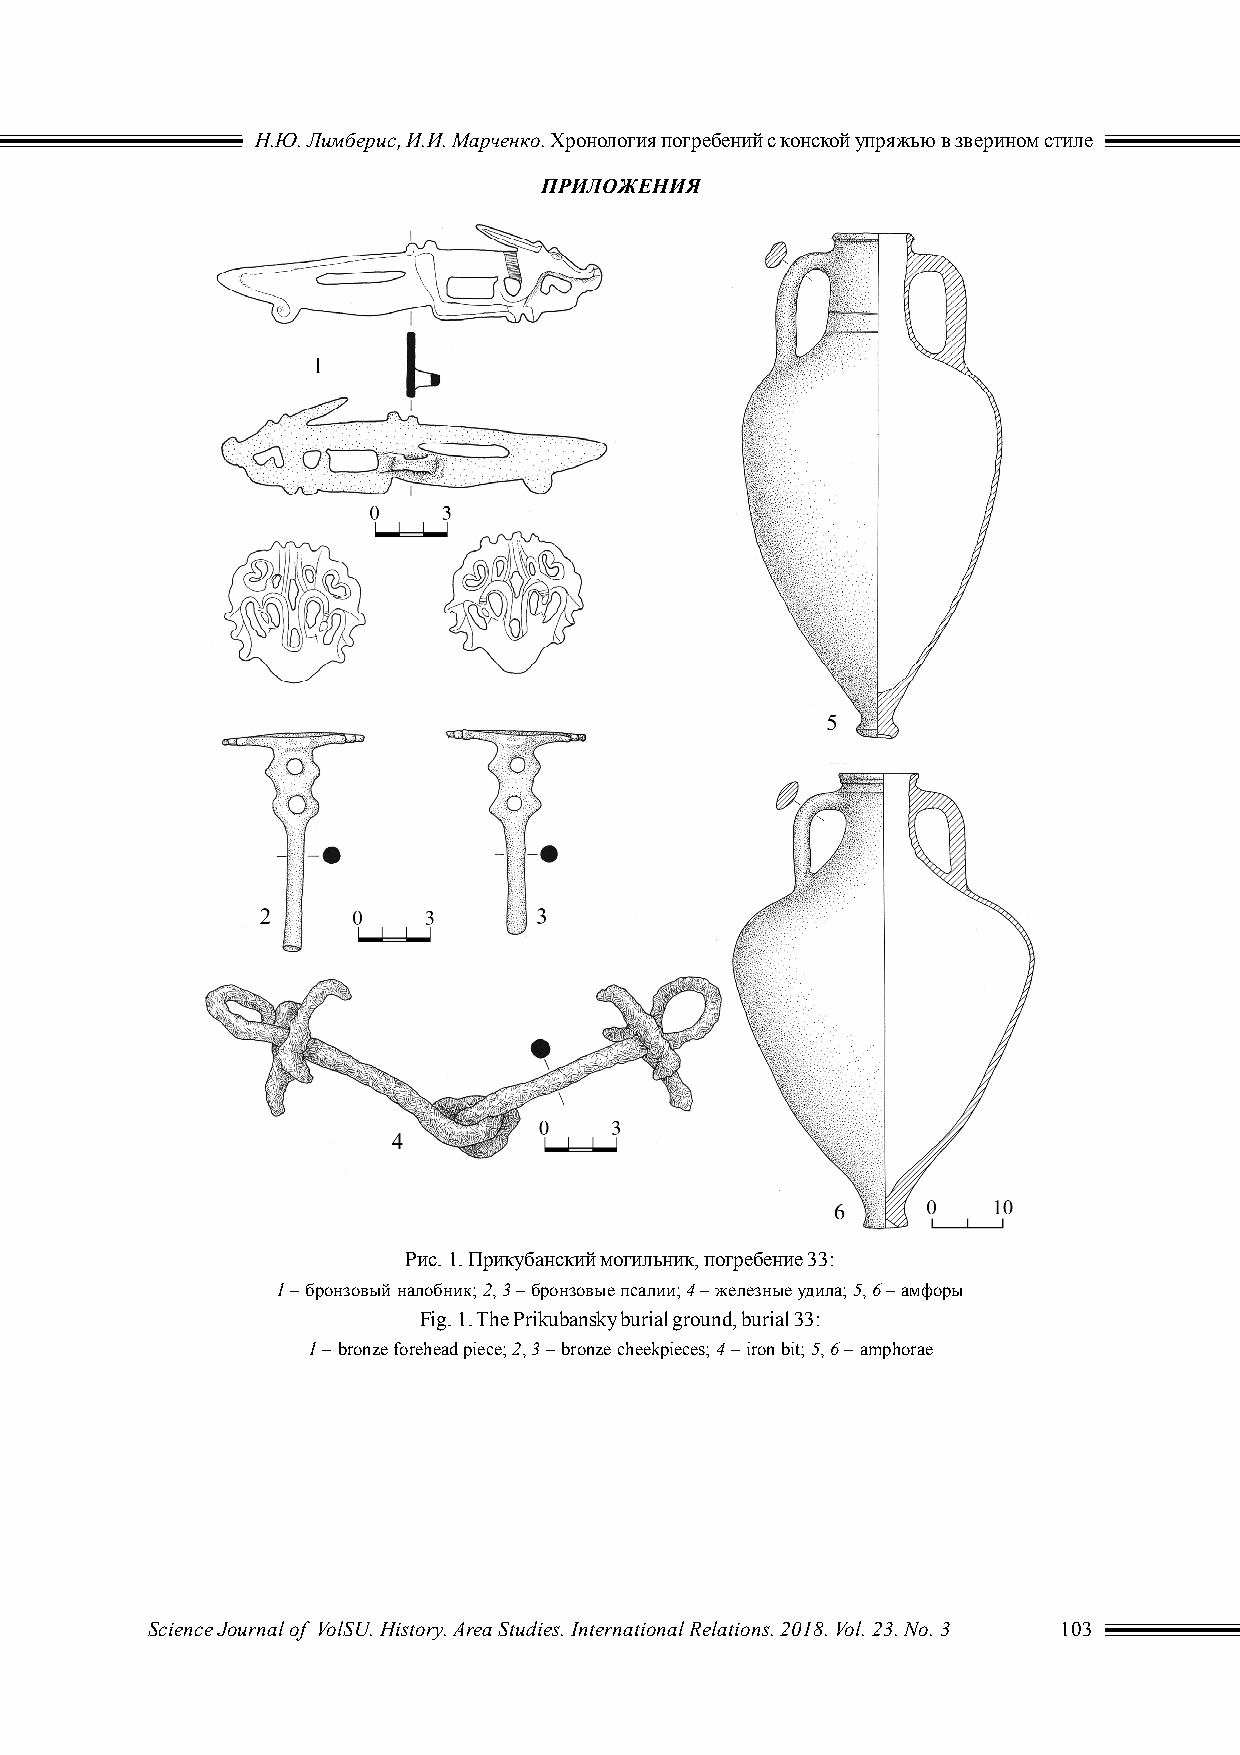
Н.Ю. Лимберис, И.И. Марченко. Хронология погребений с конской упряжью в зверином стиле
 ПРИЛОЖЕНИЯ
 Рис. 1. Прикубанский могильник, погребение 33:
 1 – бронзовый налобник; 2, 3 – бронзовые псалии; 4 – железные удила; 5, 6 – амфоры
 Fig. 1. The Prikubansky burial ground, burial 33:
 1 – bronze forehead piece; 2, 3 – bronze cheekpieces; 4 – iron bit; 5, 6 – amphorae
 Science Journal of VolSU. History. Area Studies. International Relations. 2018. Vol. 23. No. 3 103